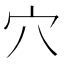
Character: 穴